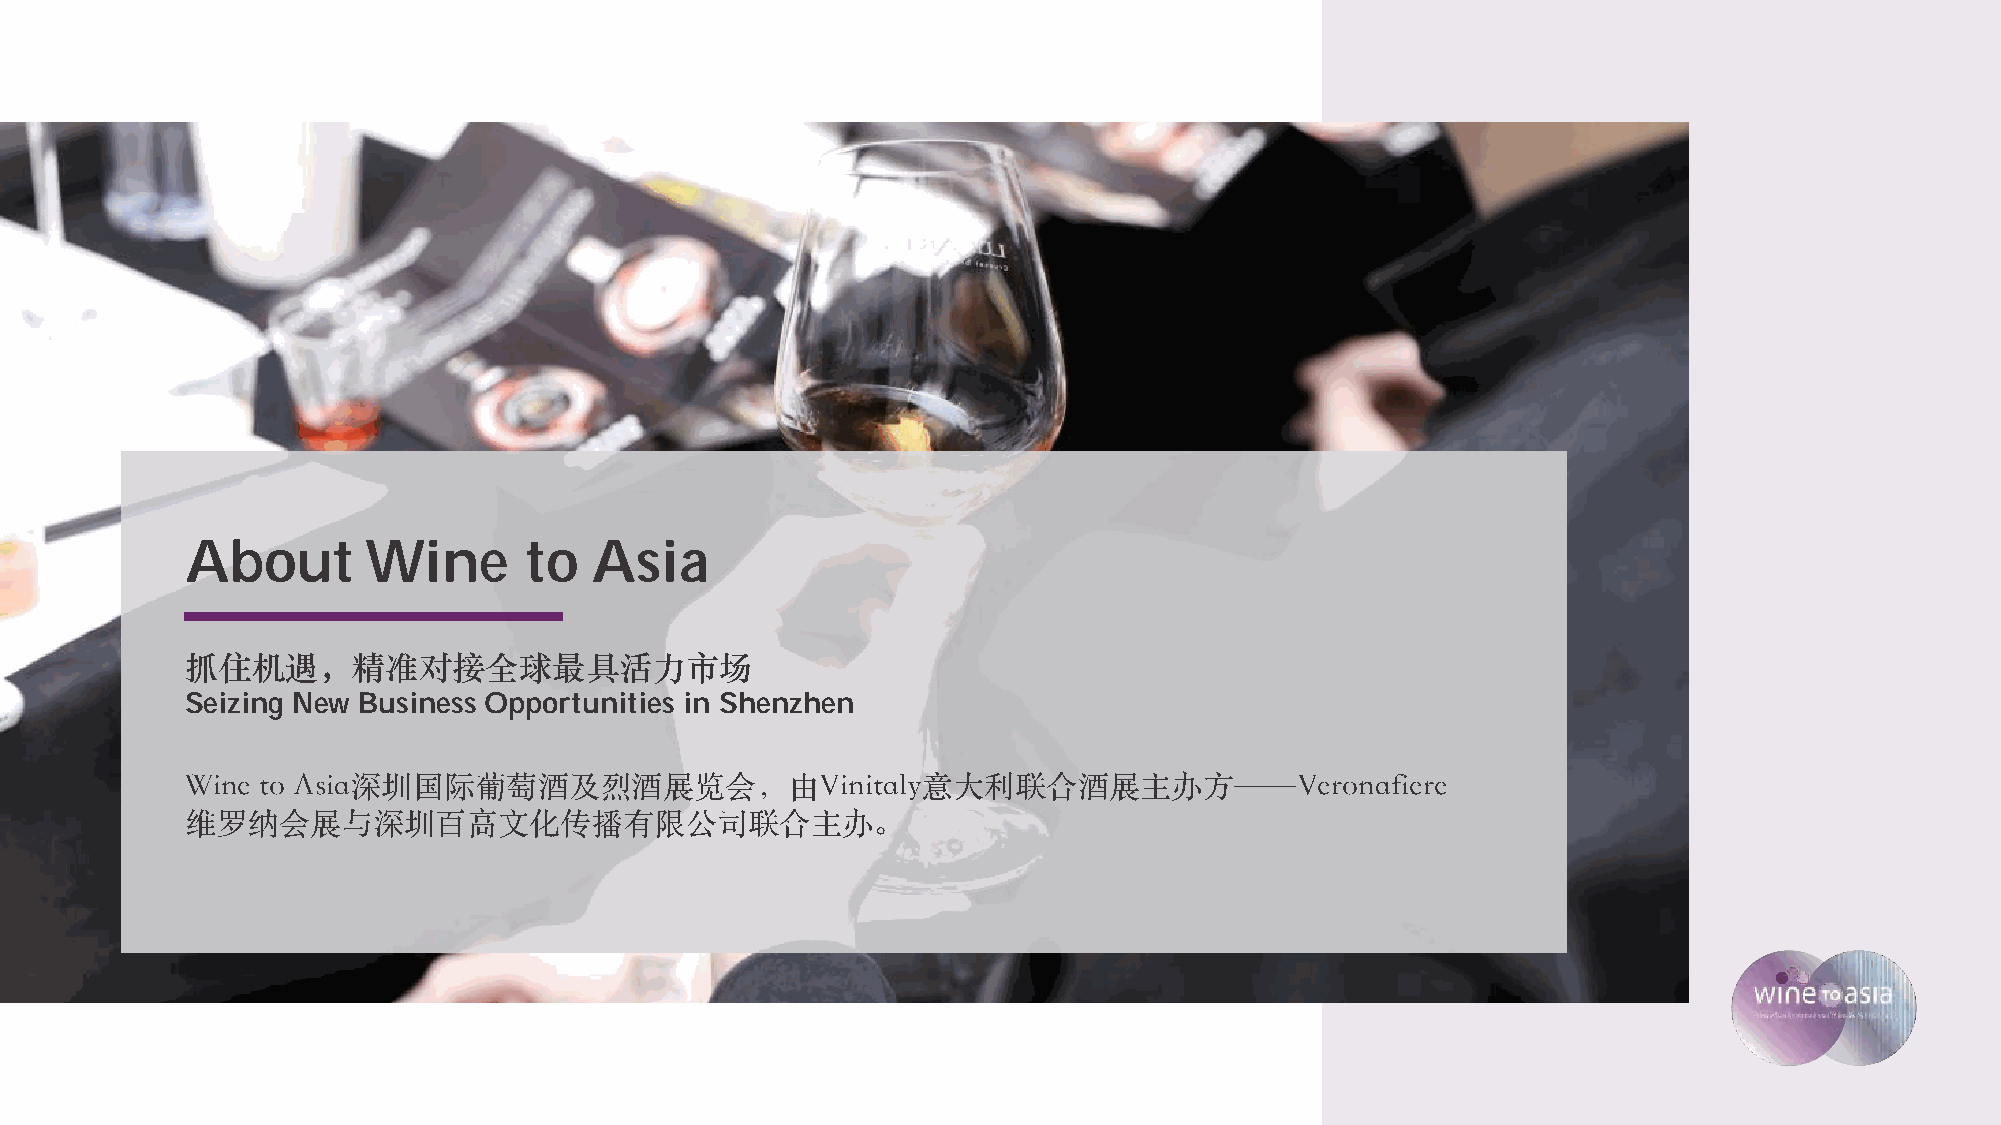
About       Wine       to  Asia
 抓住机遇，精准对接全球最具活⼒市场
 Seizing New Business Opportunities in Shenzhen
 Wine to Asia深圳国际葡萄酒及烈酒展览会，由Vinitaly意⼤利联合酒展主办⽅——Veronafiere
 维罗纳会展与深圳百⾼⽂化传播有限公司联合主办。